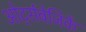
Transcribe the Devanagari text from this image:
ओर्ट्सबेजिर्के